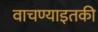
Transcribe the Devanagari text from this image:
वाचण्याइतकी